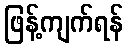
ဖြန့်ကျက်ရန်